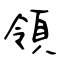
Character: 領